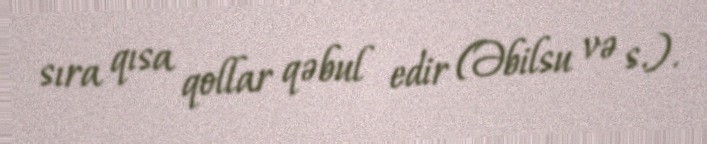
sıra qısa qollar qəbul edir (Əbilsu və s.).